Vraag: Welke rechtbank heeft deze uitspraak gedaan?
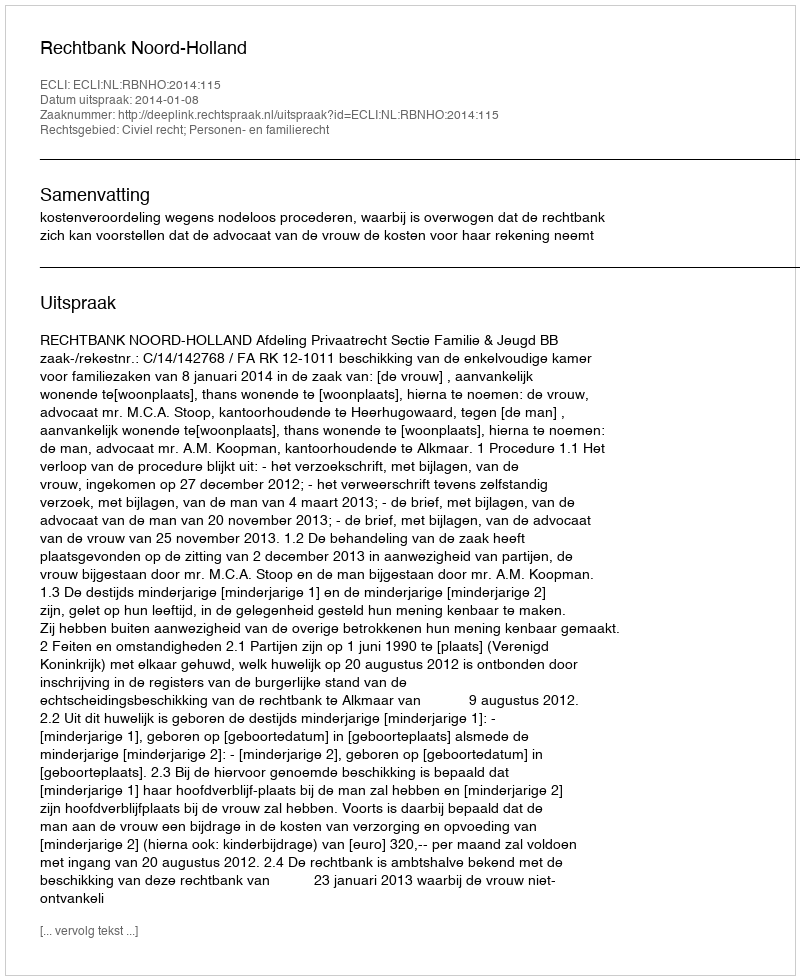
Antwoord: Rechtbank Noord-Holland